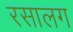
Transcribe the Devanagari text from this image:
रसालग